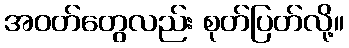
အဝတ်တွေလည်း စုတ်ပြတ်လို့။